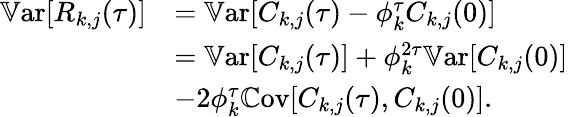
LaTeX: \begin{array}{rl}{\mathbb{V}\textrm{ar}[R_{k,j}(\tau)]}&{=\mathbb{V}\textrm{ar}[C_{k,j}(\tau)-\phi_{k}^{\tau}C_{k,j}(0)]}\\ &{=\mathbb{V}\textrm{ar}[C_{k,j}(\tau)]+\phi_{k}^{2\tau}\mathbb{V}\textrm{ar}[C_{k,j}(0)]}\\ &{-2\phi_{k}^{\tau}\mathbb{C}\textrm{ov}[C_{k,j}(\tau),C_{k,j}(0)].}\end{array}